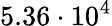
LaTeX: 5.36\cdot 10^{4}